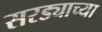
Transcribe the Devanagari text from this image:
सरड्याच्या